Scientific memoirs by medical officers of the Army of India - Part XII,
Year: 1901
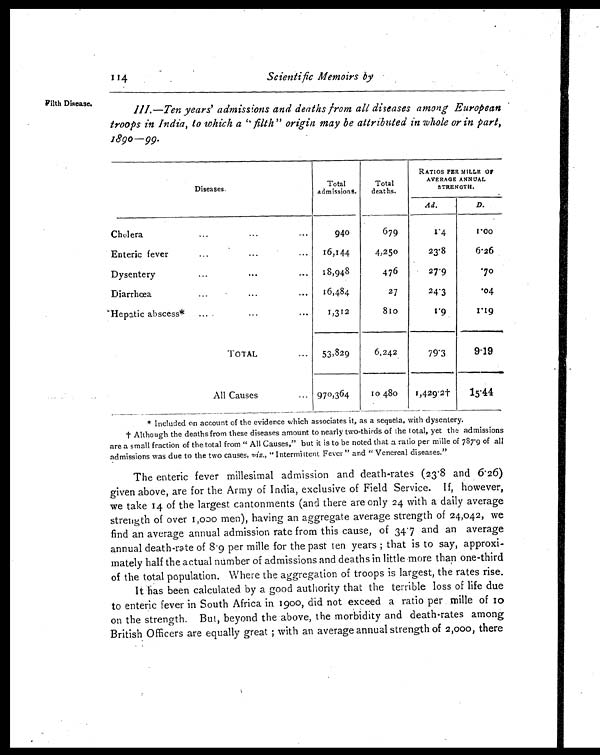
114
Scientific Memoirs by
Filth Disease.
III.—Ten years' admissions and deaths from all diseases among European
troops in India, to which a " filth" origiiz may be attributed in whole or in part,
1890-99.
Diseases.
Total
admissions.
Total
deaths.
RATIOS PER MILLE OF
AVERAGE ANNUAL
STRENGTH.
Ad.
D.
Cholera
. . .
. . .
. . .
940
679
1.4
1 . 0 0
Enteric fever
...
. . .
. . .
16,144
4,250
23.8
6.26
Dysentery
...
. . .
. . . 18,948
476
27.9
.70
Diarrhœa...
. . .
. . .
16,484
27
24.3
.04
Hepatic abscess*... . . .
. . .
1,312
810
1.9
1.19
TOTAL
. . .
53,829
6,242
79.3
9.19
All Causes
... 970,364
10 48o
1,429.2†
15.44
* Included on account of the evidence which associates it, as a sequeta, with dysentery.
† Although the deaths from these diseases amount to nearly two-thirds of the total, yet the admissions
are a small fraction of the total from " All Causes," but it is to be noted that a ratio per mille of 787.9 of all
admissions was due to the two causes, miz. , "Intermittent Fever" and " Venereal diseases."
The enteric fever millesimal admission and death-rates (23.8 and 6.26)
given above, are for the Army of India, exclusive of Field Service. If, however,
we take 14 of the largest cantonments (and there are only 24 with a daily average
strength of over 1,000 men), having an aggregate average strength of 24,042, we
find an average annual admission rate from this cause, of 34.7 and an average
annual death-rate of 8.9 per mille for the past ten years ; that is to say, approxi-
mately half the actual number of admissions and deaths in little more than one-third
of the total population. Where the aggregation of troops is largest, the rates rise.
It has been calculated by a good authority that the terrible loss of life due
to enteric fever in South Africa in 1900, did not exceed a ratio per mille of io
on the strength. But, beyond the above, the morbidity and death-rates among
British Officers are equally great ; with an average annual strength of 2,000, there